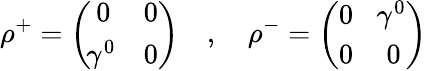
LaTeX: \rho^{+}=\left(\begin{array}{cc}{{0}}&{{0}}\\ {{\! \gamma^{0}}}&{{0}}\end{array}\right)\quad,\quad\rho^{-}=\left(\begin{array}{cc}{{0}}&{{\! \gamma^{0}}}\\ {{0}}&{{0}}\end{array}\right)